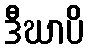
ဒီဃာပိ